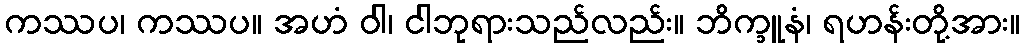
ကဿပ၊ ကဿပ။ အဟံ ဝါ၊ ငါဘုရားသည်လည်း။ ဘိက္ခူနံ၊ ရဟန်းတို့အား။